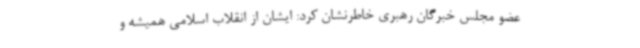
عضو مجلس خبرگان رهبری خاطرنشان کرد: ایشان از انقلاب اسلامی همیشه و